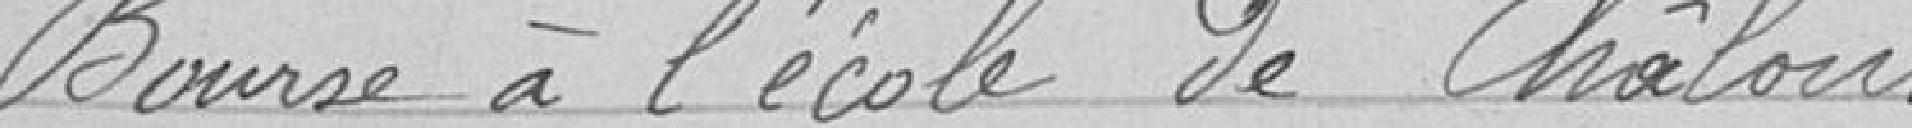
Bourse à l'école de Châlons